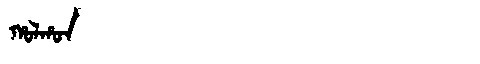
Manchu: ᡥᠣᠯᡥᠣᠨ
Romanization: HOLHON